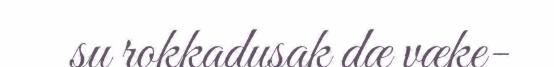
su rokkadusak dæ væke-